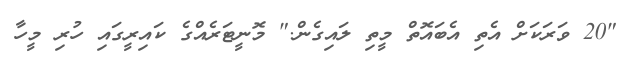
"20 ވަރަކަށް އެތި އެބައޮތް މީތި ލައިގެން." މޮނީޓަރެއްގެ ކައިރީގައި ހުރި މީހާ